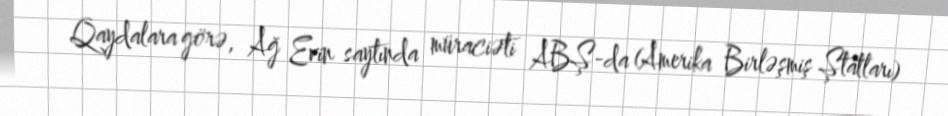
Qaydalara görə, Ağ Evin saytında müraciəti ABŞ-da (Amerika Birləşmiş Ştatları)